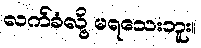
လက်ခံလို့ မရသေးဘူး။